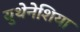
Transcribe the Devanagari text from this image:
युथेनेशिया